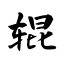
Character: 辊